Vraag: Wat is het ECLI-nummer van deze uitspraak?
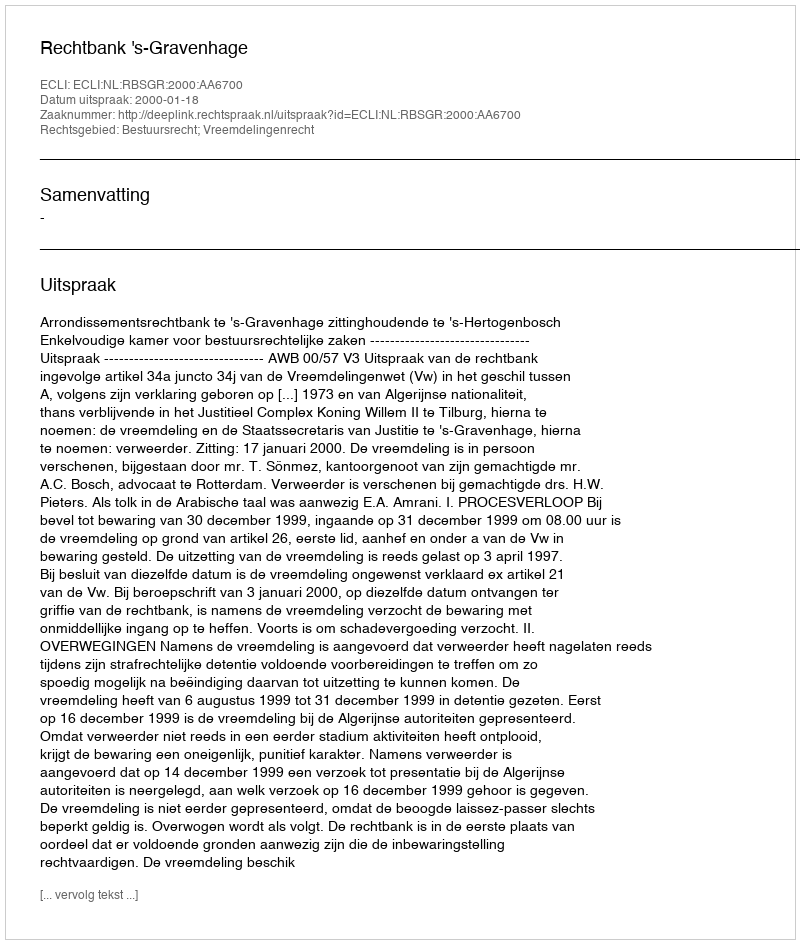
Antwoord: ECLI:NL:RBSGR:2000:AA6700